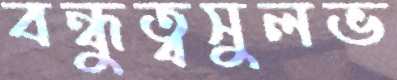
বন্ধুত্বসুলভ